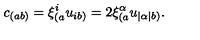
c _ { ( a b ) } = \xi _ { ( a } ^ { i } u _ { i b ) } = 2 \xi _ { ( a } ^ { \alpha } u _ { | \alpha | b ) } .